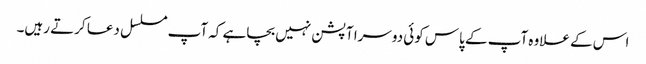
اس کے علاوہ آپ کے پاس کوئی دوسرا آپشن نہیں بچاہے کہ آپ مسلسل دعا کرتے رہیں۔